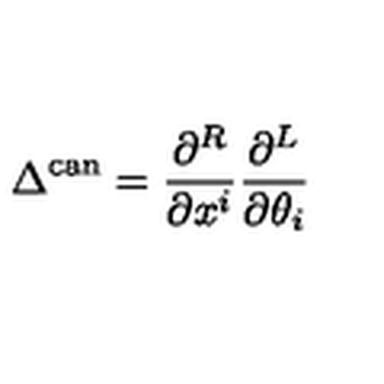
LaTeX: \Delta ^ { \mathrm { c a n } } = \frac { \partial ^ { R } } { \partial x ^ { i } } \frac { \partial ^ { L } } { \partial \theta _ { i } }